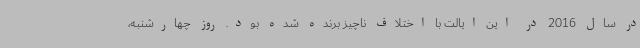
در سال 2016 در این ایالت با اختلاف ناچیز برنده شده بود. روز چهارشنبه،